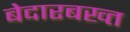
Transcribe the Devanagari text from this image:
बेदारबख्त